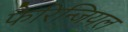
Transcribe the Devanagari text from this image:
फैरिन्जियल